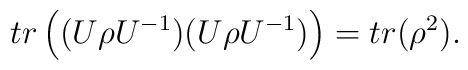
tr\left( (U \rho  U^{-1}) (U \rho  U^{-1})\right) = tr(\rho ^{2}).